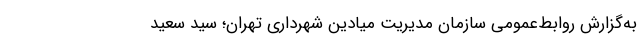
به‌گزارش روابط‌عمومی سازمان مدیریت میادین شهرداری تهران؛ سید سعید